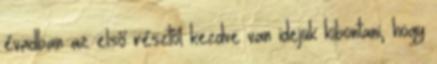
évadban az első résztől kezdve van idejük kibontani, hogy